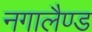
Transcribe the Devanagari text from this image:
नगालैण्ड